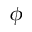
\phi